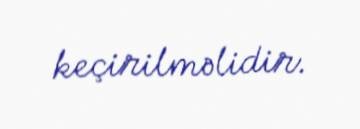
keçirilməlidir.